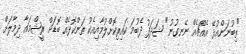
"ތިބުނަންއުޅޭ އެއްޗެއް ނޭނގުނު" ޝަދަފު ދެބުމަ ކައިރިކޮށްލުމާއިއެކު ތަންކޮޅެއް ބޮޑަށް ރީޝްމައާ ދިމާލަށް